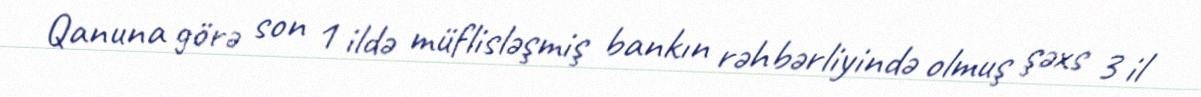
Qanuna görə son 1 ildə müflisləşmiş bankın rəhbərliyində olmuş şəxs 3 il